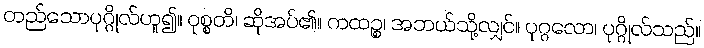
တည်သောပုဂ္ဂိုလ်ဟူ၍။ ဝုစ္စတိ၊ ဆိုအပ်၏။ ကထဉ္စ၊ အဘယ်သို့လျှင်။ ပုဂ္ဂလော၊ ပုဂ္ဂိုလ်သည်။